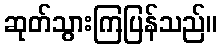
ဆုတ်သွားကြပြန်သည်။